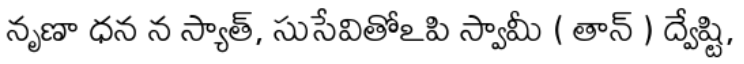
నృణా ధన న స్యాత్, సుసేవితోఽపి స్వామీ ( తాన్ ) ద్వేష్టి,